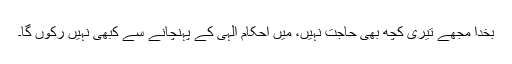
بخدا مجھے تیری کچھ بھی حاجت نہیں، مَیں احکام الٰہی کے پہنچانے سے کبھی نہیں رکوں گا۔